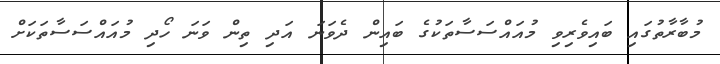
މުބާރާތުގައި ބައިވެރިވި މުއައްސަސާތަކުގެ ބައިން ދެވަނަ އަދި ތިން ވަނަ ހޯދި މުއައްސަސާތަކަށް